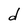
Character: d